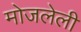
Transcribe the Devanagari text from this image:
मोजलेली